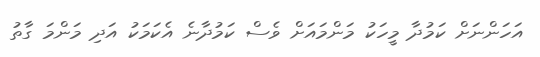
އަހަންނަށް ކަމުދާ މީހަކު މަންމައަށް ވެސް ކަމުދާނެ އެކަމަކު އަދި މަންމަ ގާތު